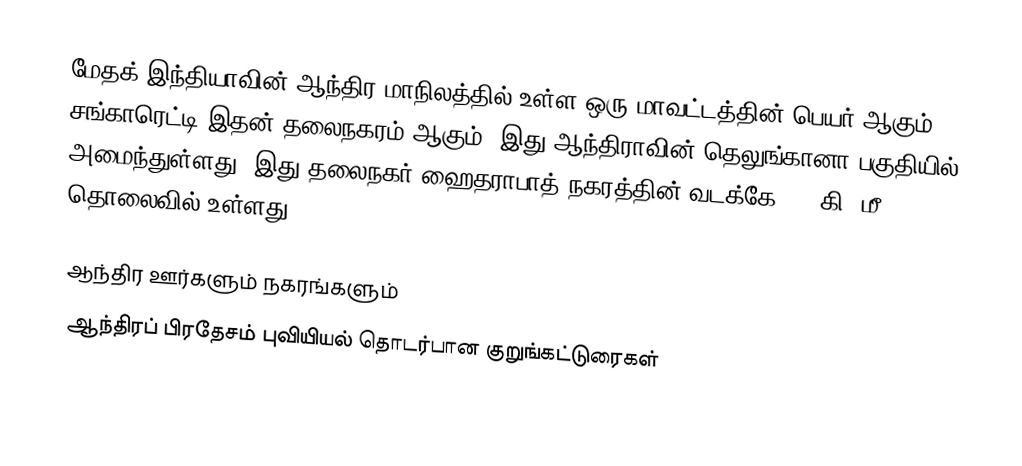
மேதக் இந்தியாவின் ஆந்திர மாநிலத்தில் உள்ள ஒரு மாவட்டத்தின் பெயர் ஆகும். சங்காரெட்டி இதன் தலைநகரம் ஆகும். இது ஆந்திராவின் தெலுங்கானா பகுதியில் அமைந்துள்ளது. இது தலைநகர் ஹைதராபாத் நகரத்தின் வடக்கே 100 கி. மீ தொலைவில் உள்ளது.

 ஆந்திர ஊர்களும் நகரங்களும்
ஆந்திரப் பிரதேசம் புவியியல் தொடர்பான குறுங்கட்டுரைகள்